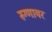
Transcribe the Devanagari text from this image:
रुग्णावर